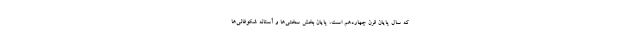
که سال پایان قرن چهاردهم است، پایان بخش سختی‌ها و آستانه شکوفائی‌ها